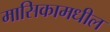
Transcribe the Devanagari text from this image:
मासिकामधील